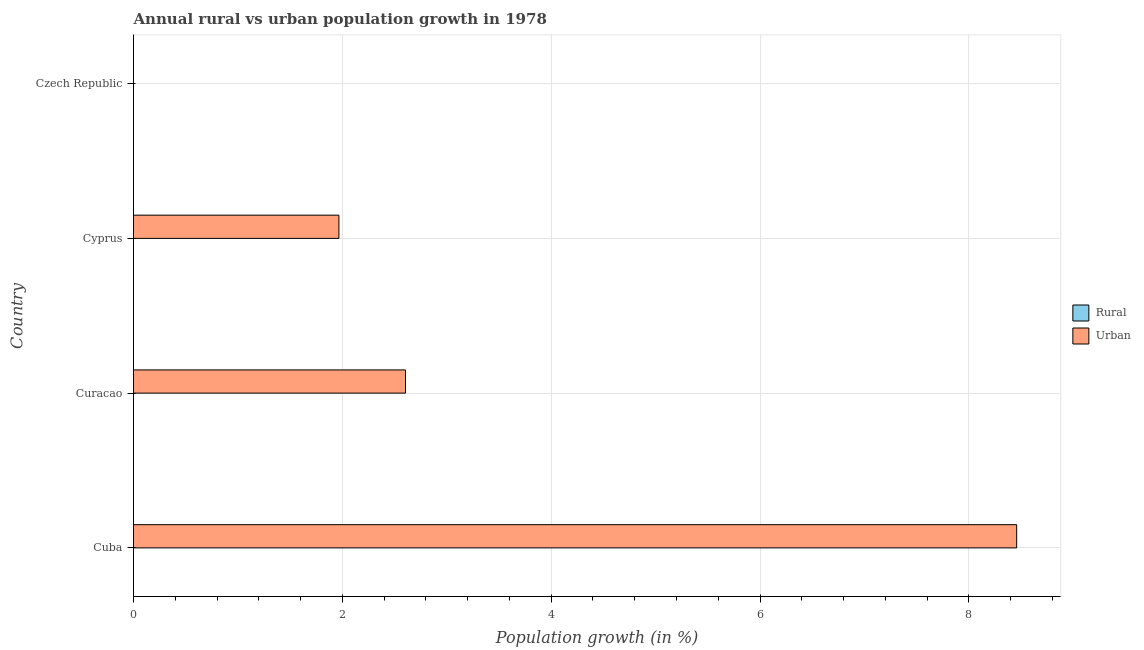
| Country | Rural | Urban  |
 | --- | --- | --- |
 | Cuba | -1.51 | 8.46 |
 | Curacao | -2.44 | 2.6 |
 | Cyprus | -3.69 | 1.97 |
 | Czech Republic | -3.29 | -0.354 |